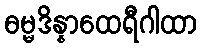
ဓမ္မဒိန္နာထေရီဂါထာ